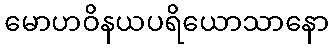
မောဟဝိနယပရိယောသာနော